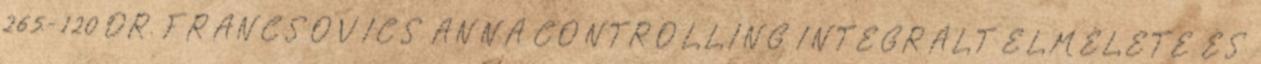
265,- 120 DR. FRANCSOVICS ANNA CONTROLLING INTEGRÁLT ELMÉLETE ÉS